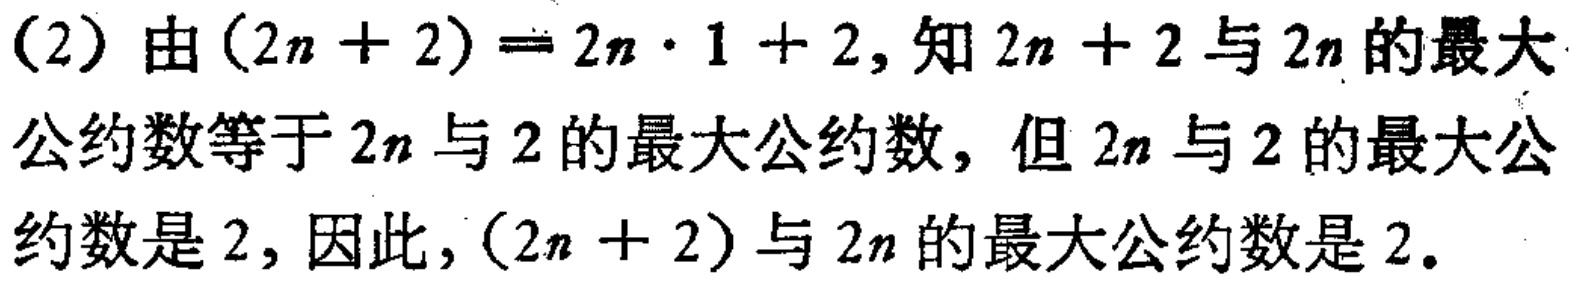
(2) 由\((2n + 2)=2n\cdot1 + 2\)，知\(2n + 2\)与\(2n\)的最大公约数等于\(2n\)与\(2\)的最大公约数，但\(2n\)与\(2\)的最大公约数是\(2\)，因此，\((2n + 2)\)与\(2n\)的最大公约数是\(2\)。